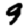
Digit: 9